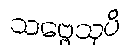
သဗ္ဗေသုပိ